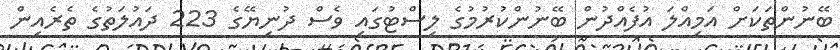
ބޭނުންތަކަށް އަމިއްލަ އުފެއްދުން ބޭނުންކުރުމުގެ ލިސްޓުގައި ވެސް ދުނިޔޭގެ 223 ދައުލަތުގެ ތެރެއިން